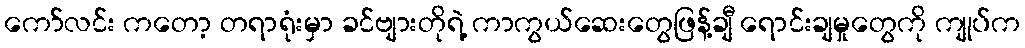
ကော်လင်း ကတော့ တရာရုံးမှာ ခင်ဗျားတိုရဲ့ ကာကွယ်ဆေးတွေဖြန့်ချီ ရောင်းချမှုတွေကို ကျုပ်က